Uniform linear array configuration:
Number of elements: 12
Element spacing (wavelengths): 0.25
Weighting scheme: hamming
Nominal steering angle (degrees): -30
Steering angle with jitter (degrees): -30.899
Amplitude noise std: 0.05
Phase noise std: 0.05

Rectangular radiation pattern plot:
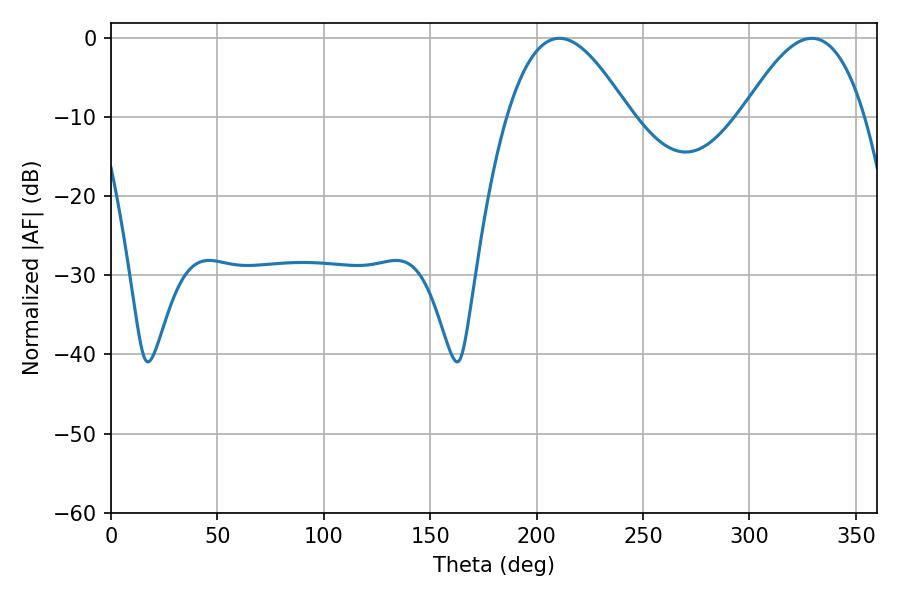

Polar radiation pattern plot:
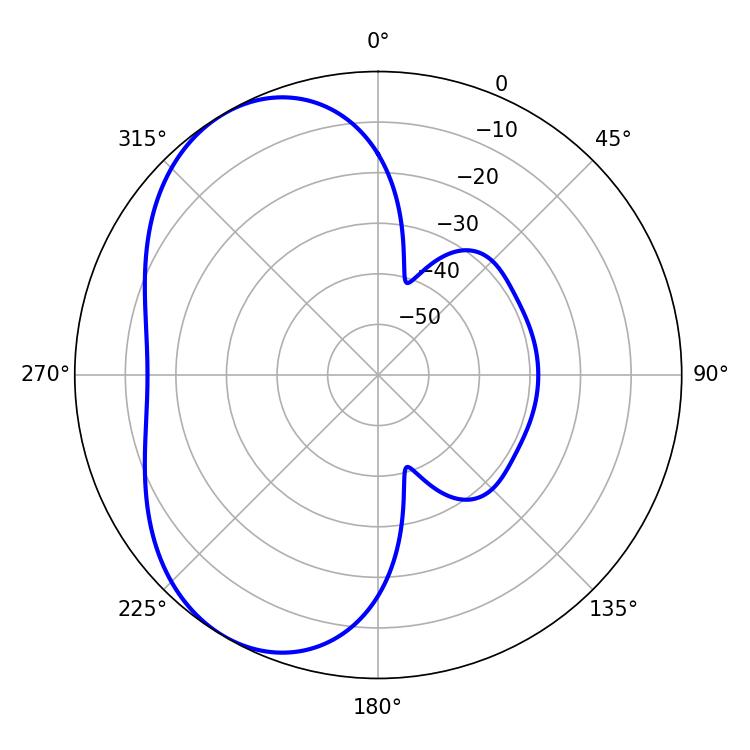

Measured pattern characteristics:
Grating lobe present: FALSE
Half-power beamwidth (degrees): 31.32
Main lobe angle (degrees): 210.78